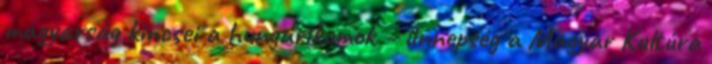
magyarság kincsei a hungarikumok – ünnepség a Magyar Kultúra